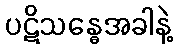
ပဋိသန္ဓေအခါနဲ့